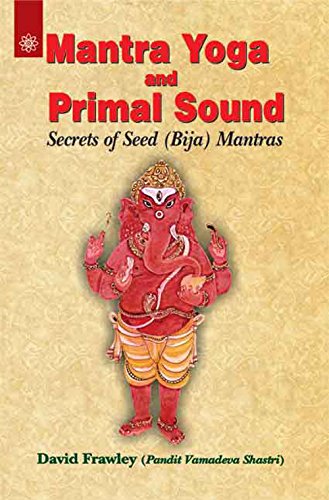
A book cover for Mantra Yoga and Primal Sound: Secrets of Seed (Bija) Mantras; David Frawley; Religion & Spirituality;